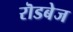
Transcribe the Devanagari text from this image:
रॊडबेज